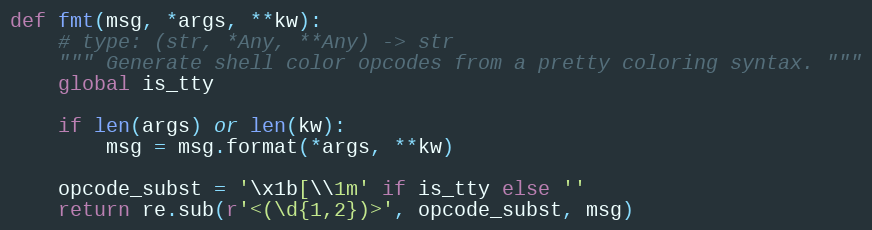
Language: Python
def fmt(msg, *args, **kw):
    # type: (str, *Any, **Any) -> str
    """ Generate shell color opcodes from a pretty coloring syntax. """
    global is_tty

    if len(args) or len(kw):
        msg = msg.format(*args, **kw)

    opcode_subst = '\x1b[\\1m' if is_tty else ''
    return re.sub(r'<(\d{1,2})>', opcode_subst, msg)